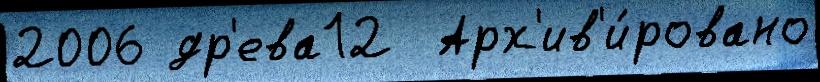
2006 др'ева12  Арх'ив'и́ровано